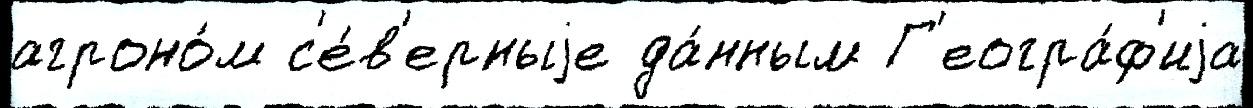
агроно́м с'е́в'ерныjе да́нным Г'еогра́ф'иjа